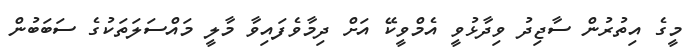
މީގެ އިތުރުން ސާޖިދު ވިދާޅުވީ އެމްވީކޭ އަށް ދިމާވެފައިވާ މާލީ މައްސަލަތަކުގެ ސަބަބުން